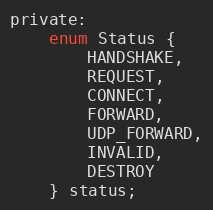
Language: C
private:
    enum Status {
        HANDSHAKE,
        REQUEST,
        CONNECT,
        FORWARD,
        UDP_FORWARD,
        INVALID,
        DESTROY
    } status;